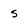
Character: s